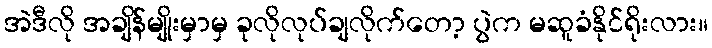
အဲဒီလို အချိန်မျိုးမှာမှ ခုလိုလုပ်ချလိုက်တော့ ပွဲက မဆူခံနိုင်ရိုးလား။